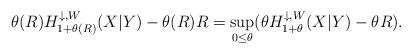
LaTeX: \begin{align*}\theta(R ) H_{1+\theta(R )}^{\downarrow,W}(X|Y) - \theta(R ) R =\sup_{0 \le \theta } (\theta H_{1+\theta}^{\downarrow,W}(X|Y)- \theta R).\end{align*}